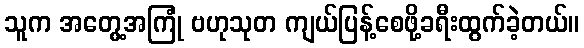
သူက အတွေ့အကြုံ ဗဟုသုတ ကျယ်ပြန့်စေဖို့ခရီးထွက်ခဲ့တယ်။